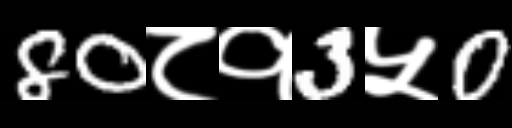
Text: 80८१3५0